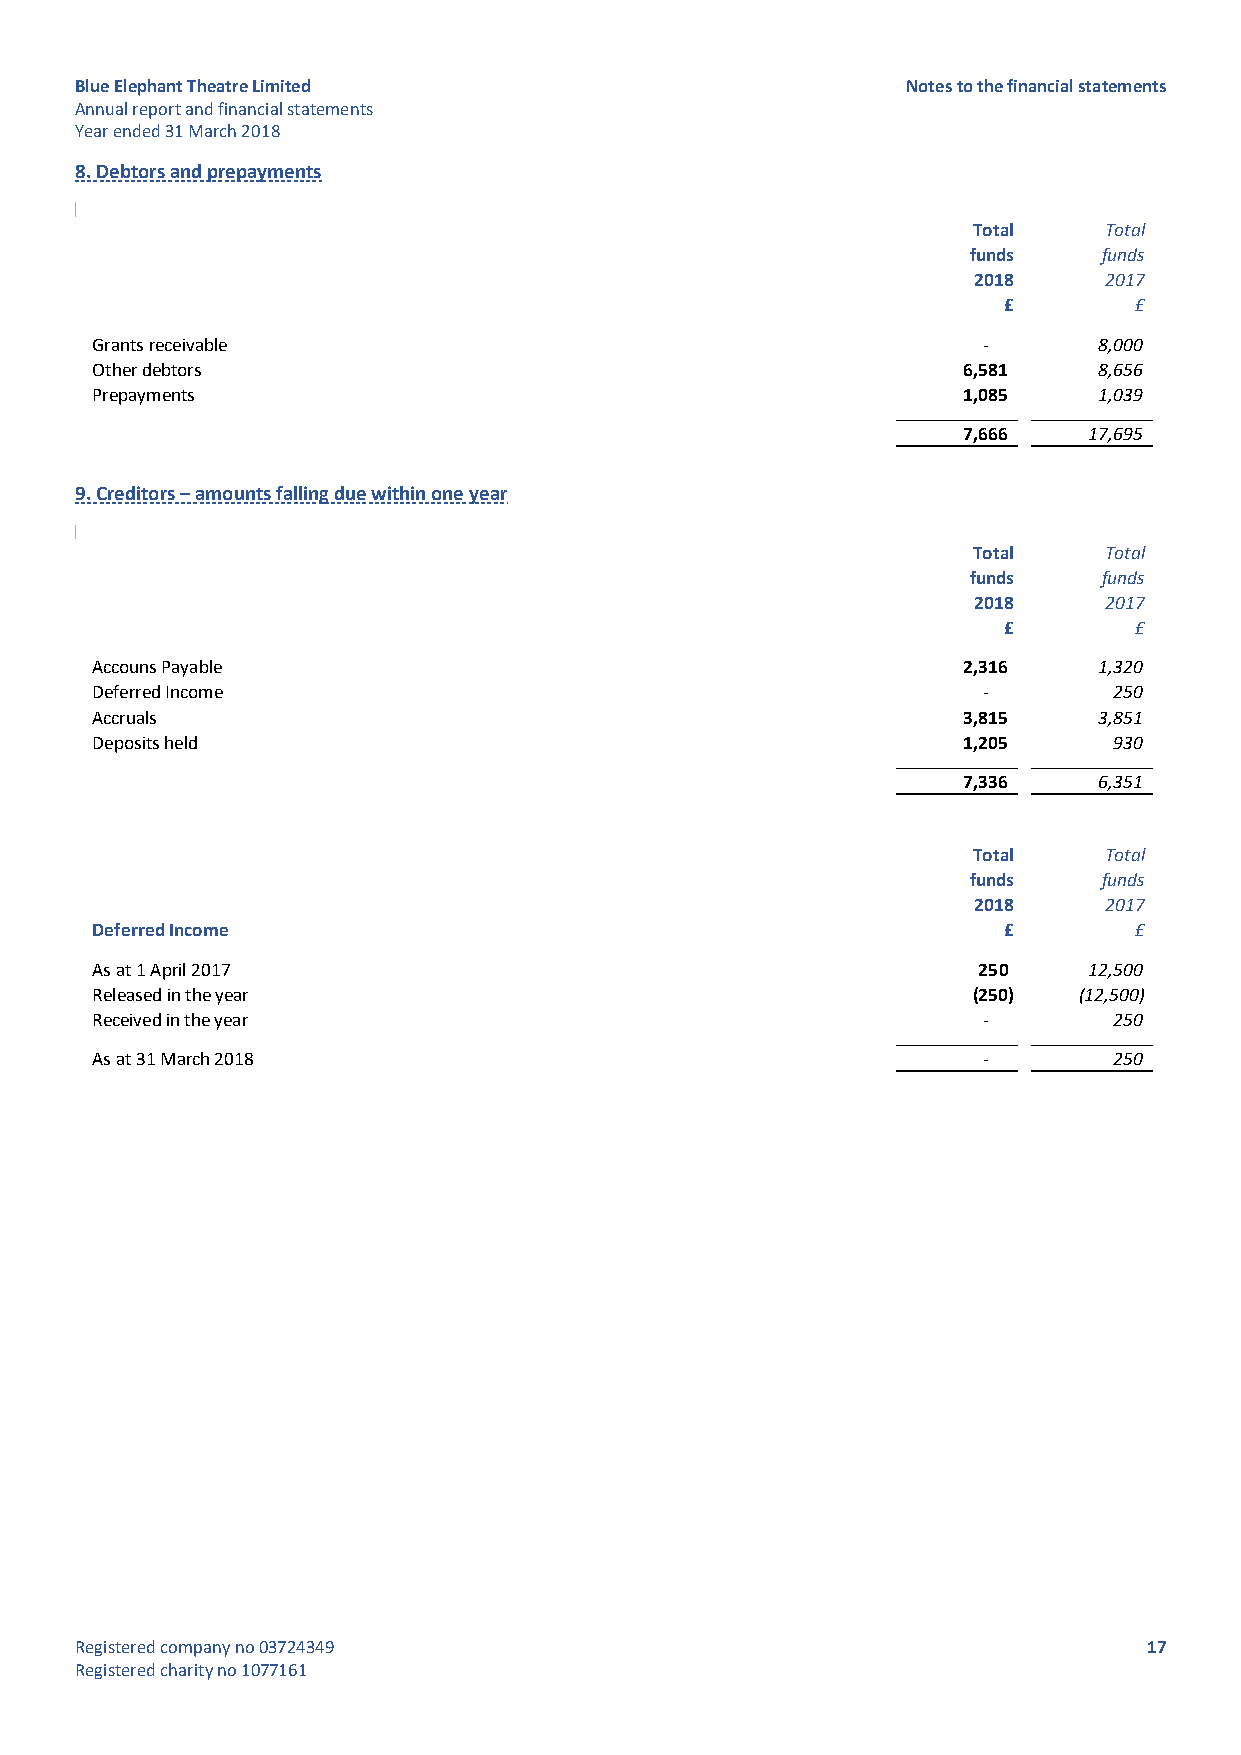
Blue Elephant Theatre Limited                          Notes to the financial statements
 Annual report and financial statements
 Year ended 31 March 2018
 8. Debtors and prepayments
 Total    Total
 funds    funds
 2018     2017
 £        £
 Grants receivable                                          -       8,000
 Other debtors                                             6,581    8,656
 Prepayments                                               1,085    1,039
 7 ,666  17,695
 9. Creditors – amounts falling due within one year
 Total    Total
 funds    funds
 2018     2017
 £        £
 Accouns Payable                                           2,316    1,320
 Deferred Income                                            -        250
 Accruals                                                  3,815    3,851
 Deposits held                                             1,205     930
 7 ,336   6,351
 Total    Total
 funds    funds
 2018     2017
 Deferred Income                                             £        £
 As at 1 April 2017                                         2 50   12,500
 Released in the year                                      (250)  (12,500)
 Received in the year                                       -        250
 As at 31 March 2018                                        -        250
 Registered company no 03724349                                         17
 Registered charity no 1077161